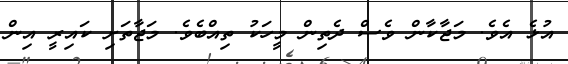
އުޅެ އެވެ. މަޖާކާން ވެސް ދެތިން މީހަކު ތިއްބެވެ. މަޖާތަށި ކައިރީ އިން